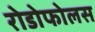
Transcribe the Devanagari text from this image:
रोडोफोलस